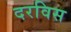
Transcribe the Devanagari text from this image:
दरविस